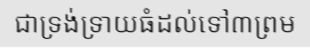
ជាទ្រង់ទ្រាយធំដល់ទៅ៣ព្រម